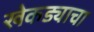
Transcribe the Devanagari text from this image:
खेकड्याचा